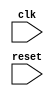
module behavior_model(

  input wire clk,
  input wire reset,
  // Other input ports
  // Other output ports

);

always @(posedge reset) begin
  // Operations executed when reset signal transitions from low to high
  
  // Define specific functionality of the circuit within this block
  
end

endmodule